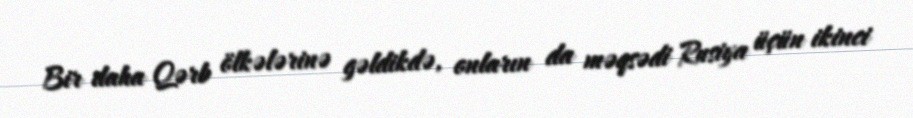
Bir daha Qərb ölkələrinə gəldikdə, onların da məqsədi Rusiya üçün ikinci